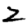
Digit: 2